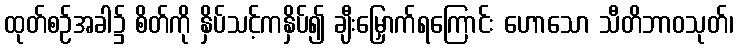
ထုတ်စဉ်အခါ၌ စိတ်ကို နှိပ်သင့်ကနှိပ်၍ ချီးမြှောက်ရကြောင်း ဟောသော သီတိဘာဝသုတ်၊